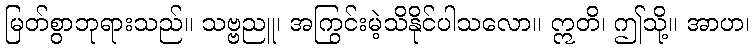
မြတ်စွာဘုရားသည်။ သဗ္ဗညူ၊ အကြွင်းမဲ့သိနိုင်ပါသလော။ ဣတိ၊ ဤသို့။ အာဟ၊